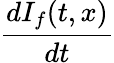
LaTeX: \frac{dI_{f}(t,x)}{dt}